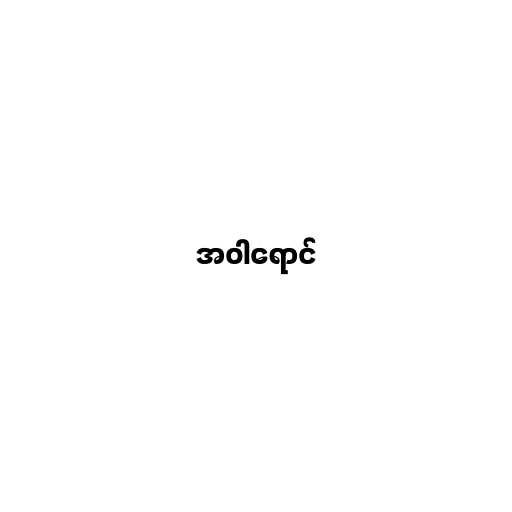
အဝါရောင်